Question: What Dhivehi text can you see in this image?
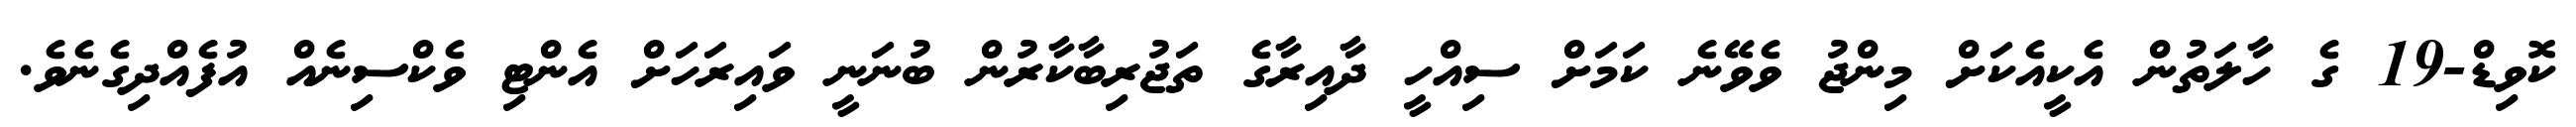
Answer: ކޮވިޑް-19 ގެ ހާލަތުން އެކީއެކަށް މިންޖު ވެވޭނެ ކަމަށް ސިއްހީ ދާއިރާގެ ތަޖުރިބާކާރުން ބުނަނީ ވައިރަހަށް އެންޓި ވެކްސިނެއް އުފެއްދިގެނެވެ.